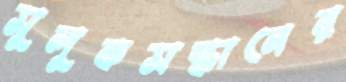
সুলুকসন্ধানের